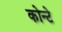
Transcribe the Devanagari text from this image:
कोन्टे